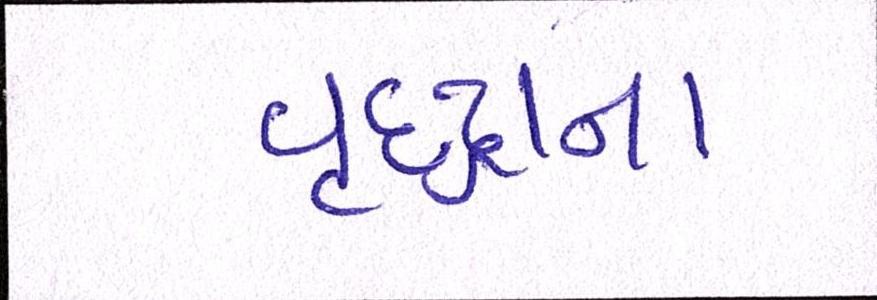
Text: વૃદ્ધાના